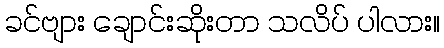
ခင်ဗျား ချောင်းဆိုးတာ သလိပ် ပါလား။